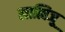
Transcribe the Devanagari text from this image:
लात्विजू